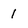
Character: 1